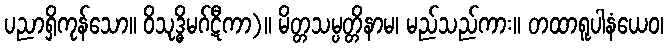
ပညာရှိကုန်သော။ ဝိသုဒ္ဓိမဂ်ဋီကာ)။ မိတ္တသမ္ပတ္တိနာမ၊ မည်သည်ကား။ တထာရူပါနံယေဝ၊